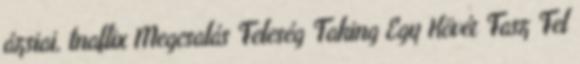
ázsiai, tnaflix Megcsalás Feleség Taking Egy Kövér Fasz Fel